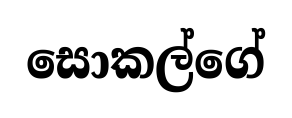
සොකල්ගේ